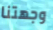
وجهتنا